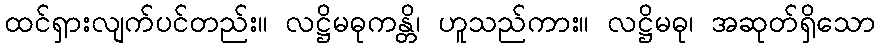
ထင်ရှားလျက်ပင်တည်း။ လဋ္ဌိမဓုကန္တိ၊ ဟူသည်ကား။ လဋ္ဌိမဓု၊ အဆုတ်ရှိသော